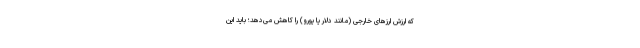
که ارزش ارزهای خارجی (مانند دلار یا یورو) را کاهش می‌دهد؛ باید این